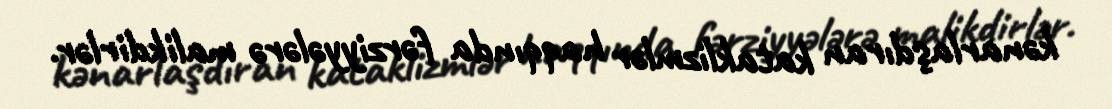
kənarlaşdıran kataklizmlər haqqında fərziyyələrə malikdirlər.